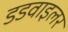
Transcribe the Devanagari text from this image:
डडवाइलर